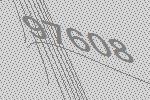
97608